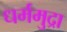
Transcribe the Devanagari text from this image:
धर्ममुद्रा